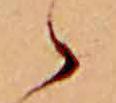
ゝ